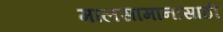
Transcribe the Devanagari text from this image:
मालसामानासाठी